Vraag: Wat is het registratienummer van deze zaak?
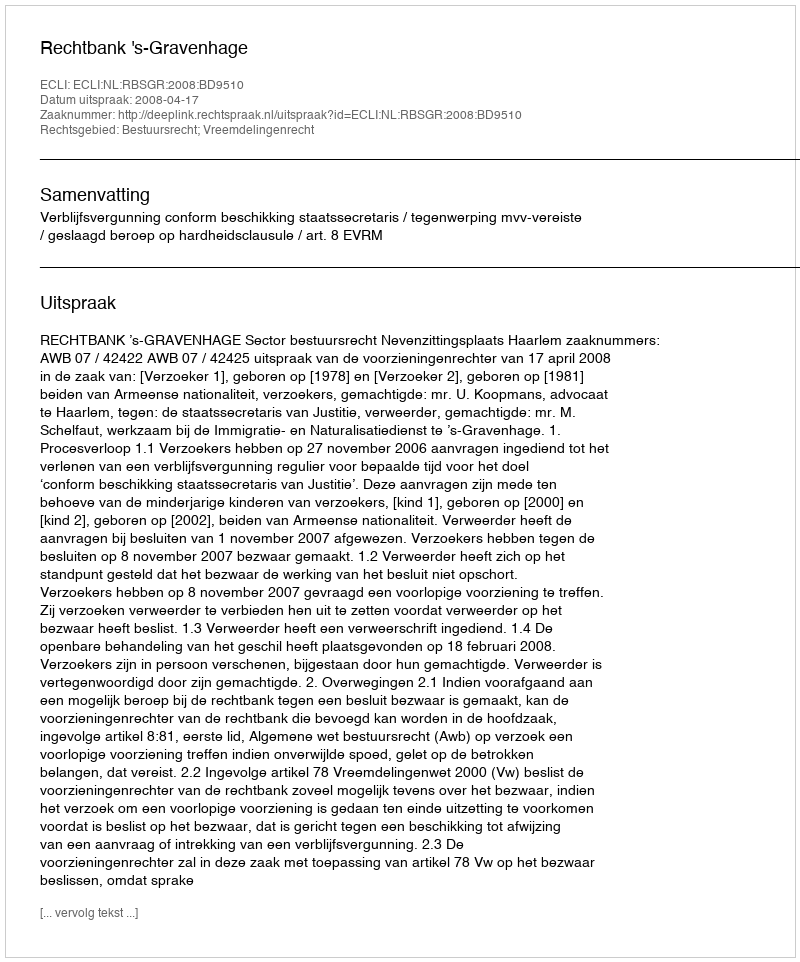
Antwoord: http://deeplink.rechtspraak.nl/uitspraak?id=ECLI:NL:RBSGR:2008:BD9510